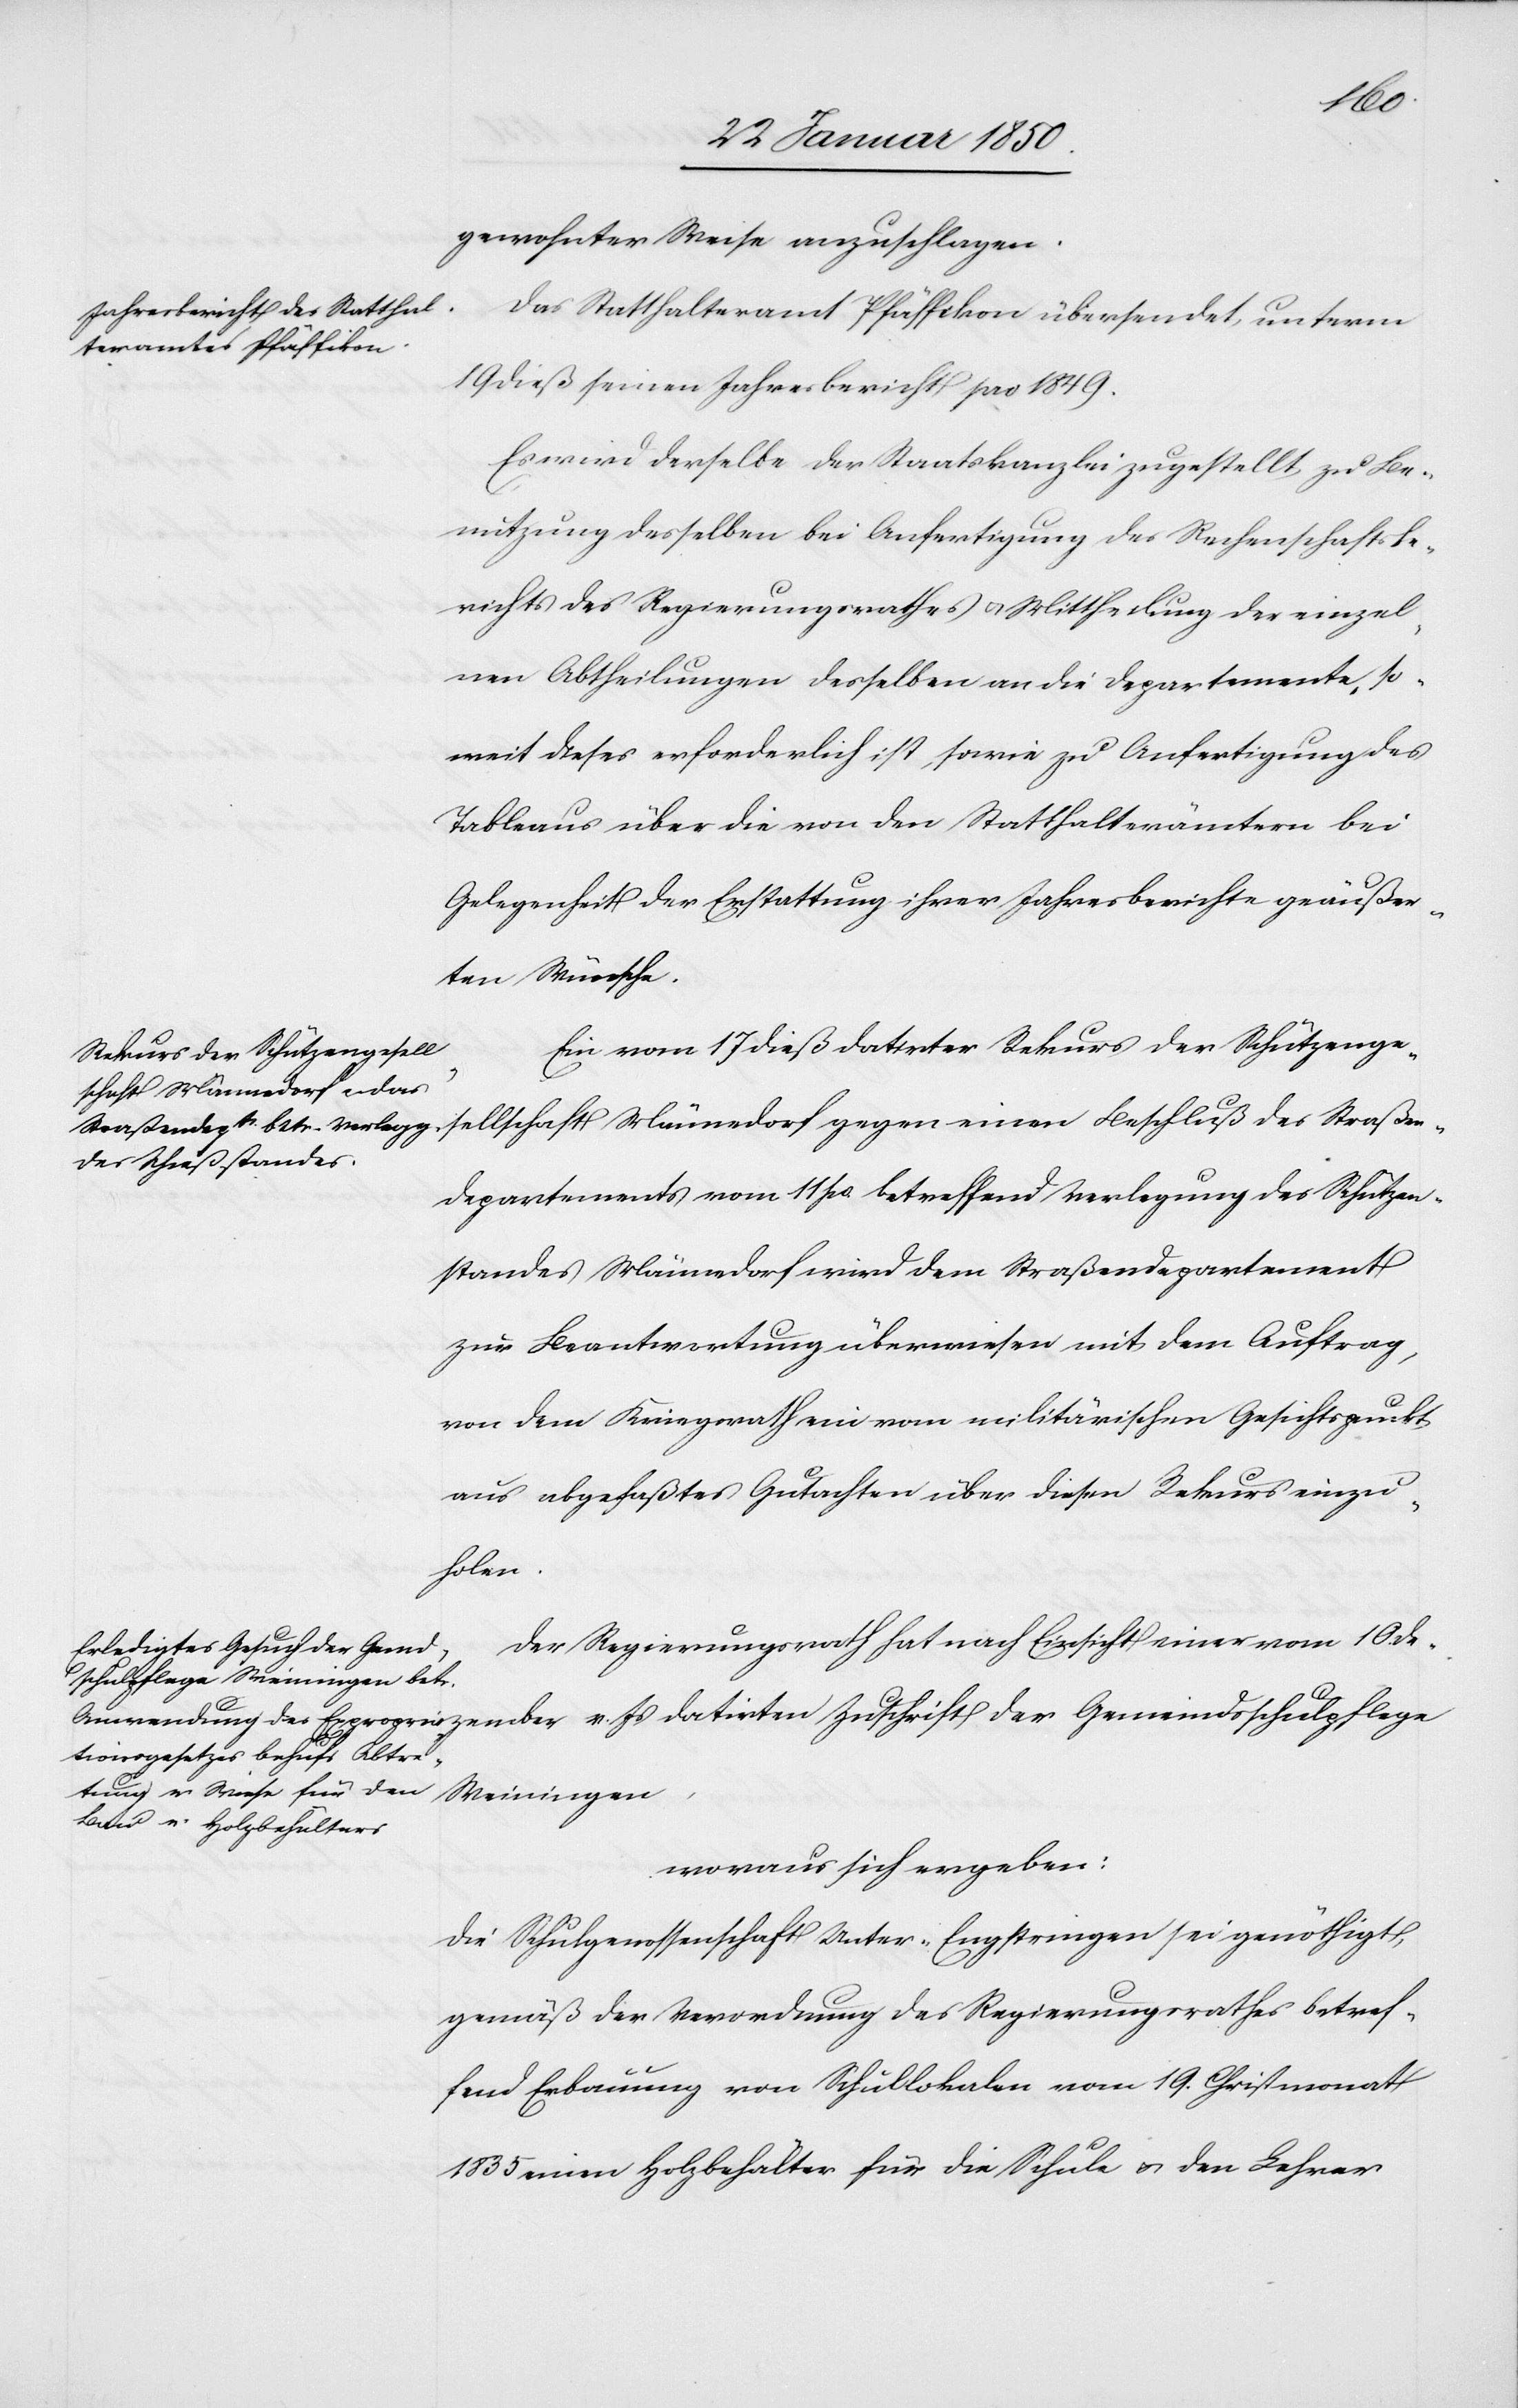
gewohnter Weise anzuschlagen.
Das Statthalteramt Pfäffikon übersendet unterm
19 dieß seinen Jahresbericht pro 1849.
Es wird derselbe der Staatskanzlei zugestellt zu Be¬
nützung desselben bei Anfertigung des Rechenschaftsbe¬
richts des Regierungsrathes u. Mittheilung der einzel¬
nen Abtheilungen desselben an die Departemente, so¬
weit dieses erforderlich ist, sowie zu Anfertigung des
Tableaus über die von den Statthalterämtern bei
Gelegenheit der Erstattung ihrer Jahresberichte geäußer¬
ten Wünsche.
Ein vom 17 dieß datirter Rekurs der Schützenge¬
sellschaft Männedorf gegen einen Beschluß des Straßen¬
departements vom 11 po. betreffend Verlegung des Schützen¬
standes Männedorf wird dem Straßendepartement
zur Beantwortung überwiesen mit dem Auftrag,
von dem Kriegsrath ein vom militärischen Gesichtspunkt
aus abgefaßtes Gutachten über diesen Rekurs einzu¬
holen.
Der Regierungsrath hat nach Einsicht einer vom 10.
dsschulpflege Weiningen,
woraus sich ergeben:
Die Schulgenossenschaft Unter-Engstringen sei genöthigt
gemäß der Verordnung des Regierungsrathes betref¬
fend Erbauung von Schullokalen vom 19. Christmonat
1835 einen Holzbehälter für die Schule u. den Lehrer

Gemein¬